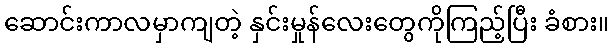
ဆောင်းကာလမှာကျတဲ့ နှင်းမှုန်လေးတွေကိုကြည့်ပြီး ခံစား။